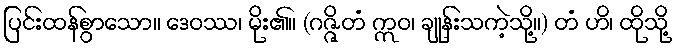
ပြင်းထန်စွာသော။ ဒေဝဿ၊ မိုး၏။ (ဂဇ္ဇိတံ ဣဝ၊ ချုန်းသကဲ့သို့။) တံ ဟိ၊ ထိုသို့